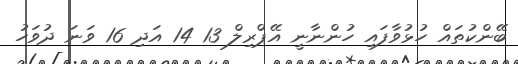
ބޭންކުތައް ހުޅުވާފައި ހުންނާނީ އޭޕްރިލް 13 14 އަދި 16 ވަނަ ދުވަހު